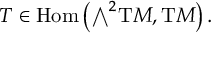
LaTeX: T \in \operatorname { H o m } \left( { \textstyle \bigwedge } ^ { 2 } \mathrm { { T } } M , \mathrm { { T } } M \right) .